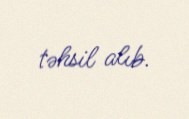
təhsil alıb.